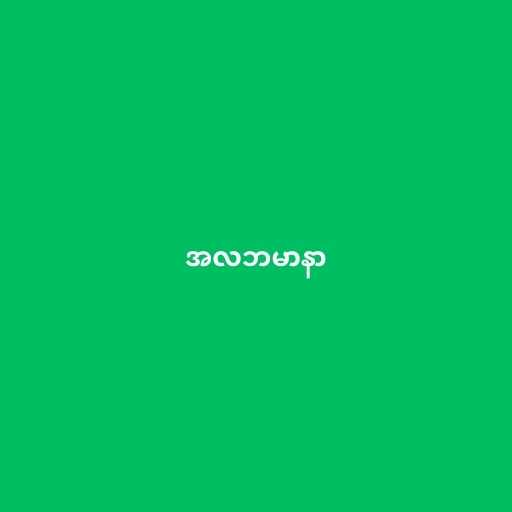
အလဘမာနာ